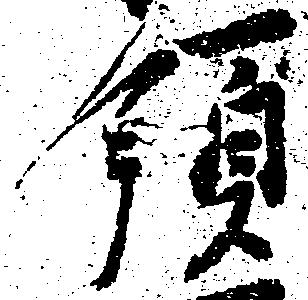
領